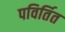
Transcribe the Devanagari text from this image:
पविर्तित